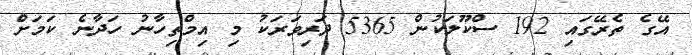
އޭގެ ތެރޭގައި 192 ސްކޫލަކުން 5365 ދަރިވަރަކު މި އިމްތިހާނު ހަދާނެ ކަމަށް